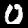
Digit: 0